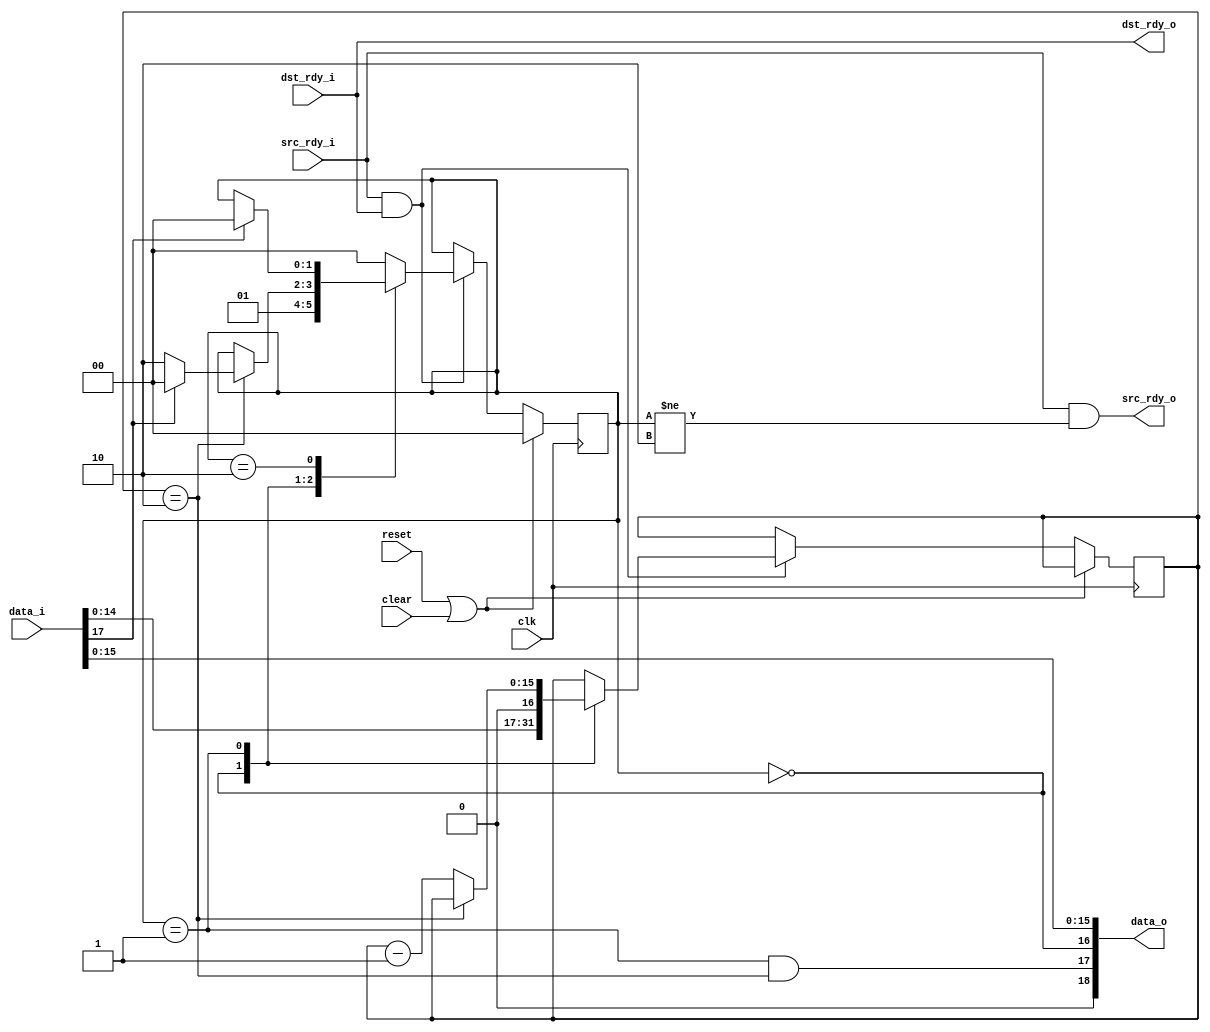
//
// Copyright 2011 Ettus Research LLC
//
// This program is free software: you can redistribute it and/or modify
// it under the terms of the GNU General Public License as published by
// the Free Software Foundation, either version 3 of the License, or
// (at your option) any later version.
//
// This program is distributed in the hope that it will be useful,
// but WITHOUT ANY WARRANTY; without even the implied warranty of
// MERCHANTABILITY or FITNESS FOR A PARTICULAR PURPOSE.  See the
// GNU General Public License for more details.
//
// You should have received a copy of the GNU General Public License
// along with this program.  If not, see <http://www.gnu.org/licenses/>.
//


// Join vita packets longer than one GPIF frame, drop padding on short frames

module packet_reframer
  (input clk, input reset, input clear,
   input [18:0] data_i,
   input src_rdy_i,
   output dst_rdy_o,
   output [18:0] data_o,
   output src_rdy_o,
   input dst_rdy_i);

   reg [1:0] state;
   reg [15:0] length;
   
   localparam RF_IDLE = 0;
   localparam RF_PKT = 1;
   localparam RF_DUMP = 2;
   
   always @(posedge clk)
     if(reset | clear)
       state <= 0;
     else
       if(src_rdy_i & dst_rdy_i)
	 case(state)
	   RF_IDLE :
	     begin
		length <= {data_i[14:0],1'b0};
		state <= RF_PKT;
	     end
	   RF_PKT :
	     begin
		if(length == 2)
		  if(data_i[17])
		    state <= RF_IDLE;
		  else
		    state <= RF_DUMP;
		else
		  length <= length - 1;
	     end
	   RF_DUMP :
	     if(data_i[17])
	       state <= RF_IDLE;
	   default :
	     state<= RF_IDLE;
	 endcase // case (state)
   
   assign dst_rdy_o = dst_rdy_i; // this is a little pessimistic but ok
   assign src_rdy_o = src_rdy_i & (state != RF_DUMP);
   
   wire occ_out = 0;
   wire eof_out = (state == RF_PKT) & (length == 2);
   wire sof_out = (state == RF_IDLE);
   wire [15:0] data_out = data_i[15:0];
   assign data_o = {occ_out, eof_out, sof_out, data_out};
   
      
endmodule // packet_reframer